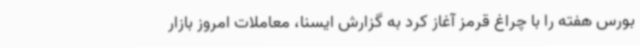
بورس هفته را با چراغ قرمز آغاز کرد به گزارش ایسنا، معاملات امروز بازار